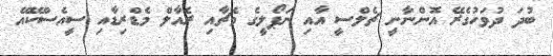
ބުދަ ދުވަހުގެރޭ އޮންނާނީ ޗެލްސީ އާއި ނަޕޯލީގެ މެޗާއި ރެއާލް މެޑްރިޑާއި ސީއެސްކޭއޭ